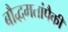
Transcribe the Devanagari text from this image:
बौद्धमतांपैकी